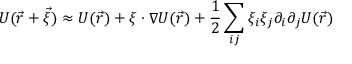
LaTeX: U ( { \vec { r } } + { \vec { \xi } } ) \approx U ( { \vec { r } } ) + \xi \cdot \nabla U ( { \vec { r } } ) + { \frac { 1 } { 2 } } \sum _ { i j } \xi _ { i } \xi _ { j } \partial _ { i } \partial _ { j } U ( { \vec { r } } )